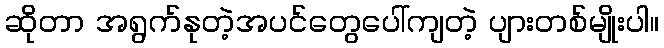
ဆိုတာ အရွက်နုတဲ့အပင်တွေပေါ်ကျတဲ့ ပျားတစ်မျိုးပါ။